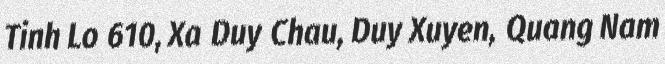
Tinh Lo 610, Xa Duy Chau, Duy Xuyen, Quang Nam